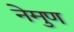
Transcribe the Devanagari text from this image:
नेमुण